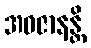
အဝဇာနန္တိ